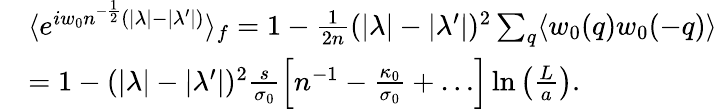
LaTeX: \begin{array}{rl}&{\langle e^{iw_{0}n^{-\frac 12}(|\lambda|-|\lambda^{\prime}|)}\rangle_{f}=1-\frac 1{2n}(|\lambda|-|\lambda^{\prime}|)^{2}\sum_{q}\langle w_{0}(q)w_{0}(-q)\rangle}\\ &{=1-(|\lambda|-|\lambda^{\prime}|)^{2}\frac{s}{\sigma_{0}}\left[n^{-1}-\frac{\kappa_{0}}{\sigma_{0}}+\ldots\right]\ln\left(\frac{L}{a}\right).}\end{array}